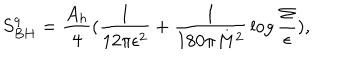
LaTeX: S _ { B H } ^ { q } = { \frac { A _ { h } } { 4 } } ( { \frac { 1 } { 1 2 \pi \epsilon ^ { 2 } } } + { \frac { 1 } { 1 8 0 \pi M ^ { 2 } } } \log { \frac { \Sigma } { \epsilon } } ) ,